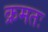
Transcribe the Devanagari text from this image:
क्रमतः